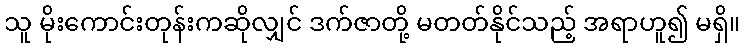
သူ မိုးကောင်းတုန်းကဆိုလျှင် ဒက်ဇာတို့ မတတ်နိုင်သည့် အရာဟူ၍ မရှိ။